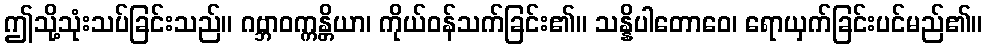
ဤသို့သုံးသပ်ခြင်းသည်။ ဂဗ္ဘာဝက္ကန္တိယာ၊ ကိုယ်ဝန်သက်ခြင်း၏။ သန္နိပါတောဝေ၊ ရောယှက်ခြင်းပင်မည်၏။